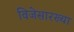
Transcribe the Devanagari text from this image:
विजेसारख्या